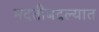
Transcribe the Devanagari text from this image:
मदतीबदल्यात